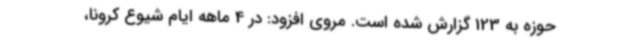
حوزه به 123 گزارش شده است. مروی افزود: در 4 ماهه ایام شیوع کرونا،